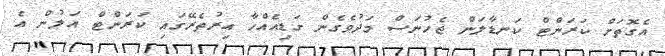
އެގޮތަށް ކަރަންޓް ކަނޑާލަން ޖެހުނަސް މަދުވެގެން ގަޑިއެއްހާ އިރުތެރޭގައި ކަރަންޓް އަލުން އެ